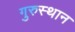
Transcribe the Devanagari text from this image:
गुरुस्थान